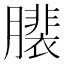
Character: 𦢄